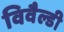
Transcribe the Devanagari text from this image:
विवैल्डी